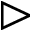
\vartriangleright